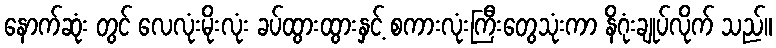
နောက်ဆုံး တွင် လေလုံးမိုးလုံး ခပ်ထွားထွားနှင့် စကားလုံးကြီးတွေသုံးကာ နိဂုံးချုပ်လိုက် သည်။